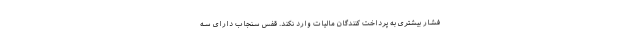
فشار بیشتری به پرداخت کنندگان مالیات وارد نکند. قفس سنجاب دارای سه